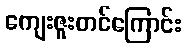
ကျေးဇူးတင်ကြောင်း